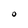
Character: O